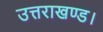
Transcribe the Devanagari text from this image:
उत्तराखण्ड।